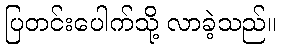
ပြတင်းပေါက်သို့ လာခဲ့သည်။